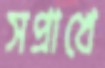
সপ্রাখে